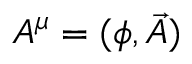
A ^ { \mu } = ( \phi , { \vec { A } } )